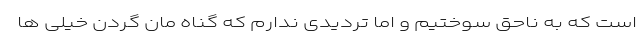
است که به ناحق سوختیم و اما تردیدی ندارم که گناه مان گردن خیلی ها